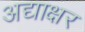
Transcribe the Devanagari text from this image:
अद्याक्षर